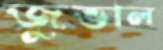
জুভাল